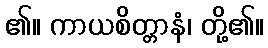
၏။ ကာယစိတ္တာနံ၊ တို့၏။